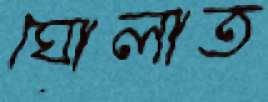
ঘোলাত